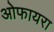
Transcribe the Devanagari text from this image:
ओफायरा